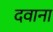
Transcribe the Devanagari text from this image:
दवाना